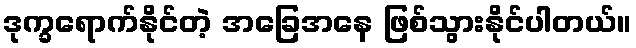
ဒုက္ခရောက်နိုင်တဲ့ အခြေအနေ ဖြစ်သွားနိုင်ပါတယ်။